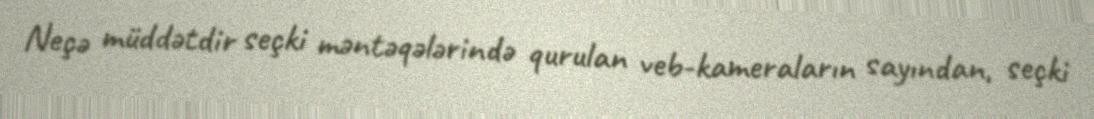
Neçə müddətdir seçki məntəqələrində qurulan veb-kameraların sayından, seçki